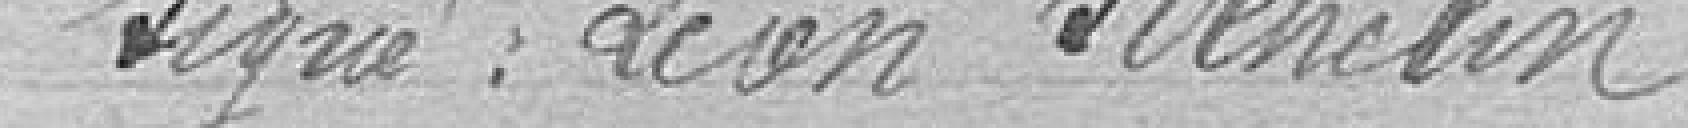
Signé : Léon Stehelin